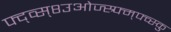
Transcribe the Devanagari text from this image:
फ्द्व्स्८उओज्स्र्फ्म्फ्व्स्कु